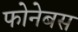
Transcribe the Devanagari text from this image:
फोनेबस